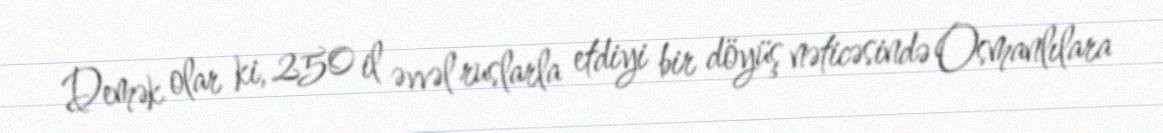
Demək olar ki, 250 il əvvəl ruslarla etdiyi bir döyüş nəticəsində Osmanlılara